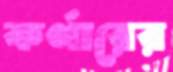
কর্ণারের